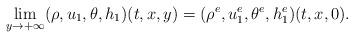
LaTeX: \begin{align*}\lim\limits_{y\rightarrow+\infty}(\rho, u_1, \theta, h_1)(t,x,y)=(\rho^e, u_1^e, \theta^e, h_1^e)(t,x,0).\end{align*}